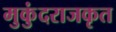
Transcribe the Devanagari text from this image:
मुकुंदराजकृत